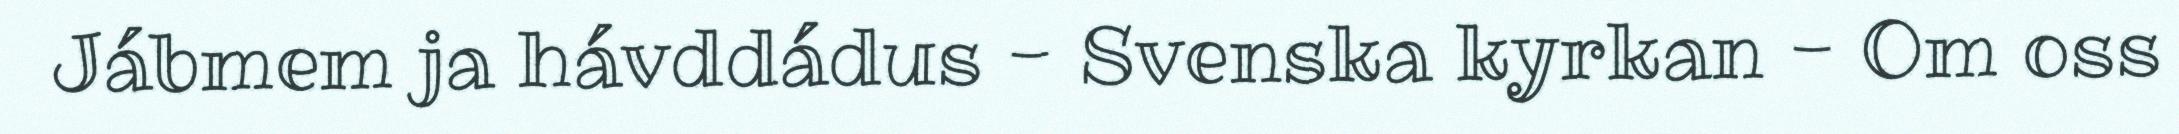
Jábmem ja hávddádus - Svenska kyrkan - Om oss